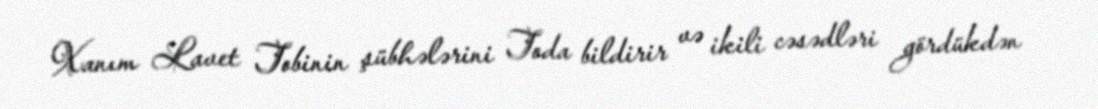
Xanım Lavet Tobinin şübhələrini Toda bildirir və ikili cəsədləri gördükdən